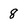
Character: 8